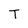
Character: T